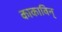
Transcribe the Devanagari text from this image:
काकाविन्